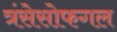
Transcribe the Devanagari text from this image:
त्रंसेसोफगल